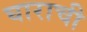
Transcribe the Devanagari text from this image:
घाराची